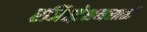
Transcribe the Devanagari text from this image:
रजिस्ट्रेशनसाठी